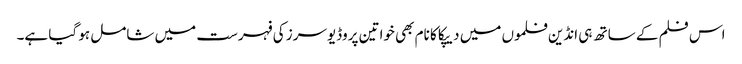
اس فلم کے ساتھ ہی انڈین فلموں میں دیپکا کا نام بھی خواتین پروڈیوسرز کی فہرست میں شامل ہو گیا ہے۔